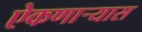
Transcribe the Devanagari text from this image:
ऐकणार्‍यास